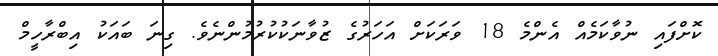
ކޮށްފައި ނުވާކަމެއް އެންމެ 18 ވަރަކަށް އަހަރުގެ ޒުވާނަކުކުރުމުންނެވެ. ގިނަ ބައަކު އިބްރާހީމް